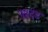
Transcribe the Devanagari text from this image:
पृष्ठदंड